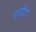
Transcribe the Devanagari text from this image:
श्हीदों